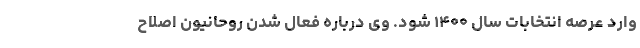
وارد عرصه انتخابات سال ۱۴۰۰ شود. وی درباره فعال شدن روحانیون اصلاح